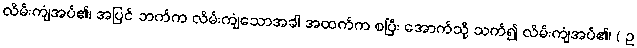
လိမ်းကျံအပ်၏၊ အပြင် ဘက်က လိမ်းကျံသောအခါ အထက်က စပြီး အောက်သို့ သက်၍ လိမ်းကျံအပ်၏၊ ( ဥ